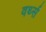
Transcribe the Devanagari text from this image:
वर्थ्स